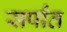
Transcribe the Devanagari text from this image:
सर्पांत